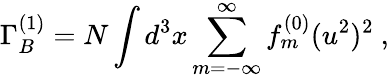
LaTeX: \Gamma_{B}^{(1)}=N\int d^{3}x\sum_{m=-\infty}^{\infty}f_{m}^{(0)}(u^{2})^{2}\ ,